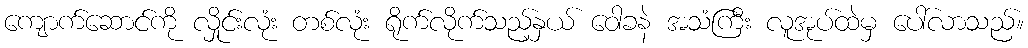
ကျောက်ဆောင်ကို လှိုင်းလုံး တစ်လုံး ရိုက်လိုက်သည့်နှယ် ဝေါခနဲ အသံကြီး လူအုပ်ထဲမှ ပေါ်လာသည်။